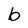
Character: b